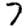
Digit: 7